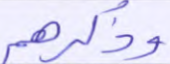
وذكرهم